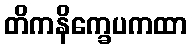
တိကနိက္ခေပကထာ